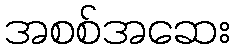
အစစ်အဆေး